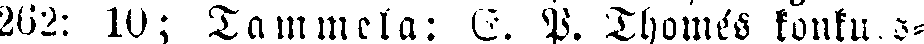
262: 10; Tammela: C. P. Thomés konkurs-